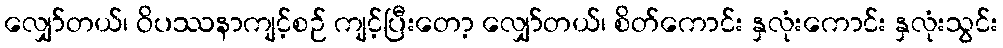
လျှော်တယ်၊ ဝိပဿနာကျင့်စဉ် ကျင့်ပြီးတော့ လျှော်တယ်၊ စိတ်ကောင်း နှလုံးကောင်း နှလုံးသွင်း